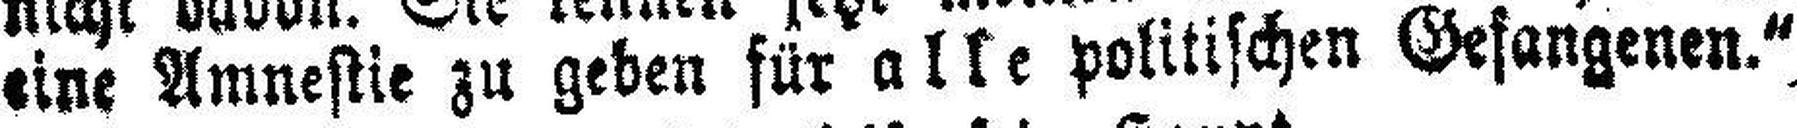
eine Amnestie zu geben für alle politischen Gefangenen.“